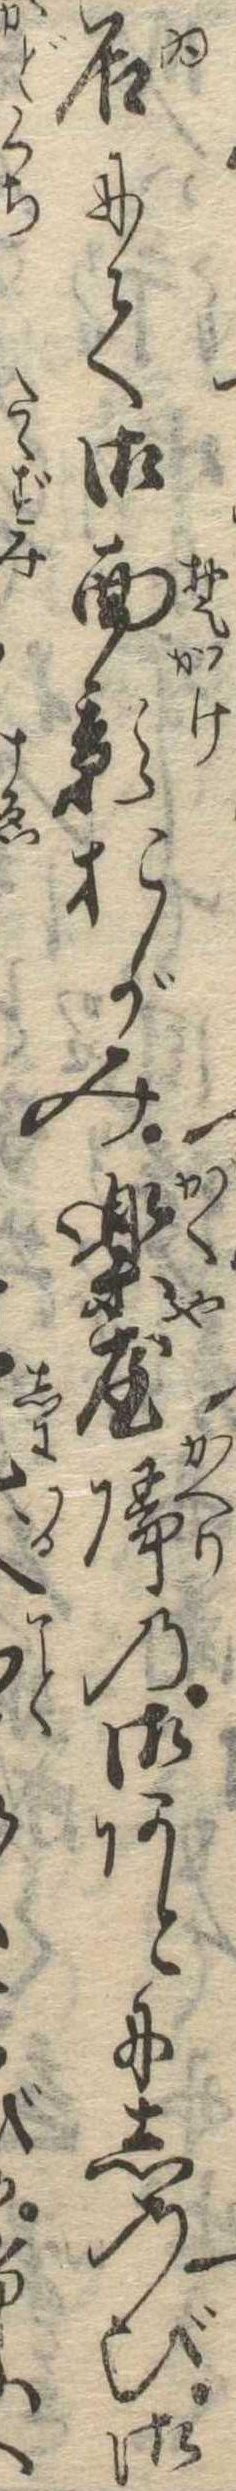
居にて御面影おがみ楽屋帰の御あとにしのび御